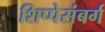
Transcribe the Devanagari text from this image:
शिप्पेसंबर्ग